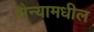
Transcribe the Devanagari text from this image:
सैन्यामधील